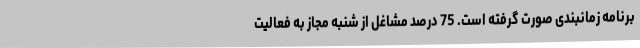
برنامه زمانبندی صورت گرفته است. 75 درصد مشاغل از شنبه مجاز به فعالیت